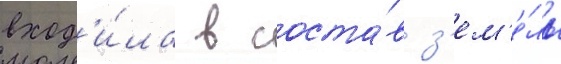
вход'и́ла в соста́в з'ем'е́ль